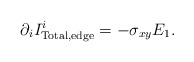
\begin{align*}\partial_i I^i_{\rm Total,edge}=-\sigma_{xy}E_1.\end{align*}